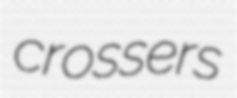
crossers